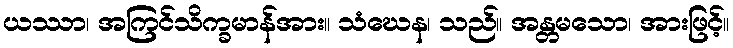
ယဿာ၊ အကြင်သိက္ခမာန်အား။ သံဃေန၊ သည်။ အန္တမသော၊ အားဖြင့်။